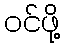
ဝင်ဖို့